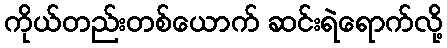
ကိုယ်တည်းတစ်ယောက် ဆင်းရဲရောက်လို့